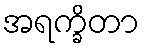
အရက္ခိတာ